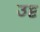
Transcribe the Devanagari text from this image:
उट्ट